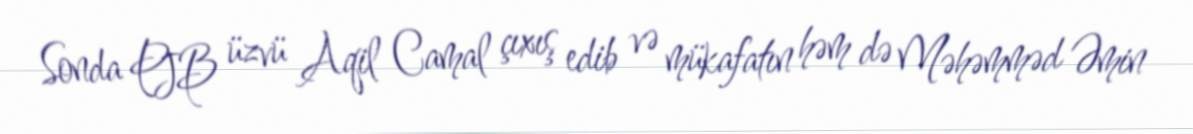
Sonda PJB üzvü Aqil Camal çıxış edib və mükafatın həm də Məhəmməd Əmin